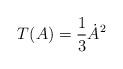
LaTeX: \begin{align*}T (A) = {1\over 3} \dot{A}^2\end{align*}